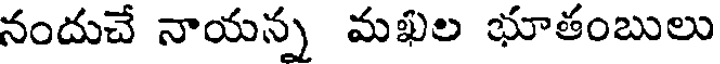
నందుచే నాయన్న మఖల భూతంబులు